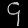
Digit: ၄